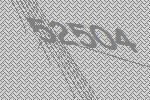
52504